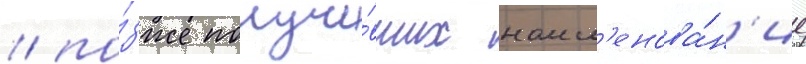
/ по́зже получи́вших наим'енова́н'ие